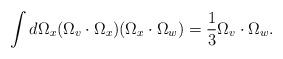
LaTeX: \begin{align*}\int d \Omega_x(\Omega_v\cdot \Omega_x)(\Omega_x\cdot\Omega_w) = \frac{1}{3}\Omega_v\cdot\Omega_w .\end{align*}